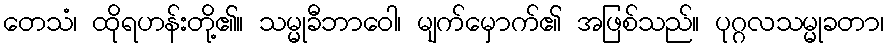
တေသံ၊ ထိုရဟန်းတို့၏။ သမ္မုခီဘာဝေါ၊ မျက်မှောက်၏ အဖြစ်သည်။ ပုဂ္ဂလသမ္မုခတာ၊